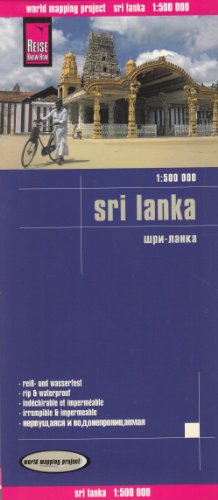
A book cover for Sri Lanka; Reise Know-How Verlag; Travel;